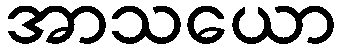
အာသယော